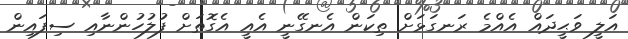
އަލީ ވަޙީދައް އެއްމެ ރަނގަޅަށް ތިކަން އެނގޭނީ އެއީ އެގޮތަށް ފުލުހުންނާއި ސިފައިން